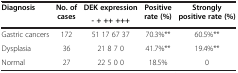
| Diagnosis | No. of cases | DEK expression | Positive rate (%) | Strongly positive rate (%) |
 |  |  | - + ++ +++ |  |  |
 | --- | --- | --- | --- | --- |
 | Gastric cancers | 172 | 51 17 67 37 | 70.3%** | 60.5%** |
 | Dysplasia | 36 | 21 8 7 0 | 41.7%** | 19.4%** |
 | Normal | 27 | 22 5 0 0 | 18.5% | 0 |